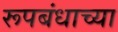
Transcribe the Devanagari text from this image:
रूपबंधाच्या